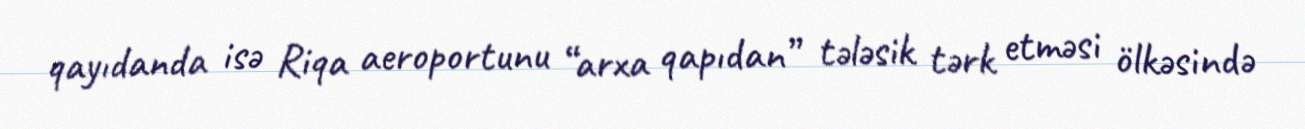
qayıdanda isə Riqa aeroportunu “arxa qapıdan” tələsik tərk etməsi ölkəsində